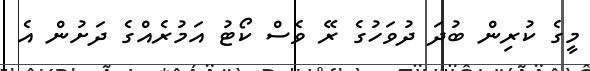
މީގެ ކުރިން ބުދަ ދުވަހުގެ ރޭ ވެސް ކޯޓު އަމުރެއްގެ ދަށުން އެ